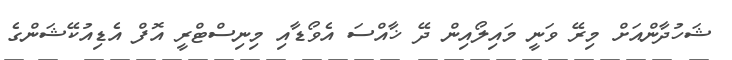
ޝަހުދާންއަށް މިރޭ ވަނީ މައިލޯއިން ދޭ ޚާއްސަ އެވޯޑާއި މިނިސްޓްރީ އޮފް އެޑިއުކޭޝަންގެ